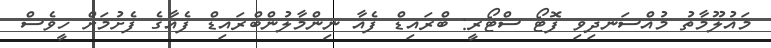
މައުލޫމާތު މުއްސަނދިވި ފޮޓޯ ސްޓޯރީ: ބްރައިޑް ފެއާ ނިންމާލުންބްރައިޑް ފެއާގެ ފެށުމަށް ހީވެސް